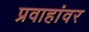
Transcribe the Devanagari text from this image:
प्रवाहांवर